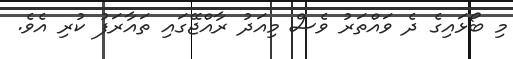
މި ބޯޅައިގެ ދެ ވައްތަރު ވެސް މިއަދު ރާއްޖޭގައި ތައާރަފު ކުރި އެވެ.